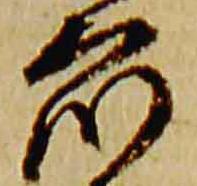
衆